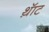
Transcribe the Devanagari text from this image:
थ़ॅाट